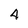
Character: 4